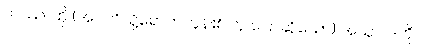
တဿ၊ ထို (အဂတိသို့ရောက်ကုန်၏ ဟု ပြောဆိုသော) အယူဝါဒကို။